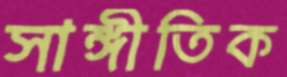
সাঙ্গীতিক